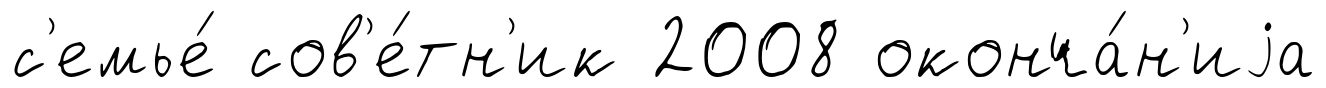
с'емье́ сов'е́тн'ик 2008 оконча́н'иjа